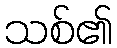
သစ်၏